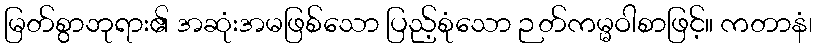
မြတ်စွာဘုရား၏ အဆုံးအမဖြစ်သော ပြည့်စုံသော ဉတ်ကမ္မဝါစာဖြင့်။ ကတာနံ၊